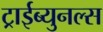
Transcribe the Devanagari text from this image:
ट्राईब्युनल्स